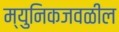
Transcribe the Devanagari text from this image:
म्युनिकजवळील